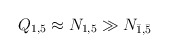
\begin{align*}Q_{1,5} \approx N_{1,5} \gg N_{\bar 1, \bar 5}\end{align*}